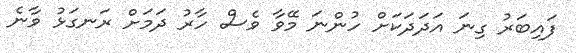
ފައިބަރު ގިނަ އަދަދަކަށް ހުންނަ މޭވާ ވެސް ހާރު ދަމަށް ރަނގަޅު ވާނެ